Note on the mental hospitals in Burma - 1925-1940
Year: 1925
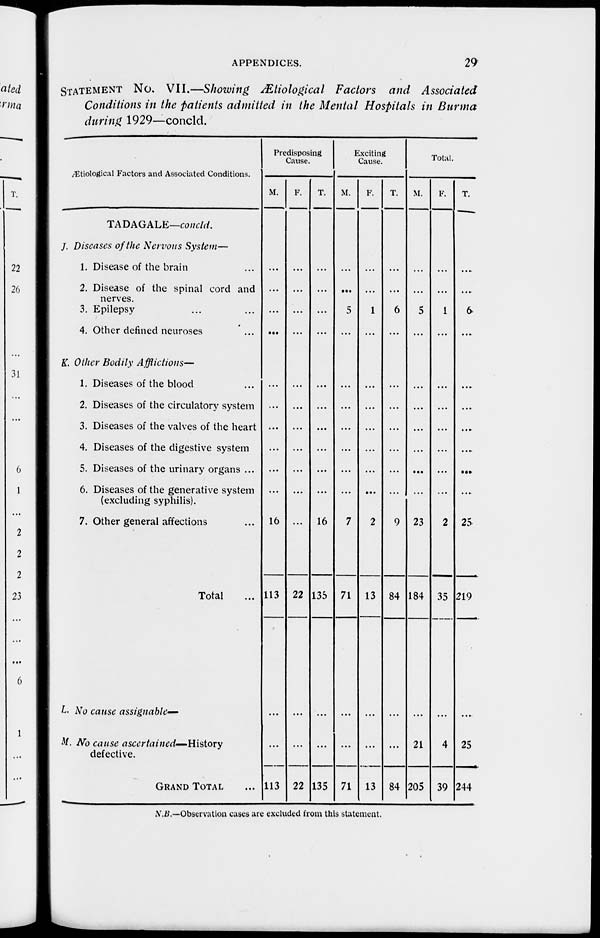
APPENDICES.
29
STATEMENT No. VII.—Showing Ætiological Factors and Associated
Conditions in the patients admitted in the Mental Hospitals in Burma
during 1929—concld.
Ætiological Factors and Associated Conditions.
TADAGALE—concld.
J. Diseases of the Nervous System—
1. Disease of the brain ... ...
2. Disease of the spinal cord and
nerves.
3. Epilepsy ... ...
4. Other defined neuroses ... ...
K. Other Bodily Afflictions—
1. Diseases of the blood ... ...
2. Diseases of the circulatory system
3. Diseases of the valves of the heart
4. Diseases of the digestive system
5. Diseases of the urinary organs ...
6. Diseases of the generative system
(excluding syphilis).
7. Other general affections
Total ...
L. No cause assignable—
M. No cause ascertained—History
defective.
GRAND TOTAL ...
Predisposing
Cause.
M.
...
...
...
...
...
...
...
...
...
16
113
...
...
113
F.
...
...
...
...
...
...
...
...
...
...
...
22
...
...
22
T.
...
...
...
...
...
...
...
...
...
...
16
135
...
...
135
Exciting
Cause.
M.
...
...
5
...
...
...
...
...
...
...
7
71
...
...
71
F.
...
...
1
...
...
...
...
...
...
...
2
13
...
...
13
T.
...
...
6
...
...
...
...
...
...
...
9
84
...
...
84
Total.
M.
...
...
5
...
...
...
...
...
...
...
23
184
...
21
205
F.
...
...
1
...
...
...
...
...
...
...
2
35
...
4
39
T.
...
...
6
...
...
...
...
...
...
...
25
219
...
25
244
N.B.—Observation cases are excluded from this statement.